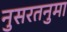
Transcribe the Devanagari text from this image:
नुसरतनुमा